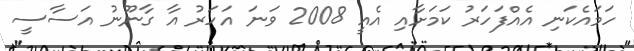
ހަމައެކަނި އެއްފަހަރު ކަމަށާއި އެއީ 2008 ވަނަ އަހަރު އާ ގާނޫނު އަސާސީ